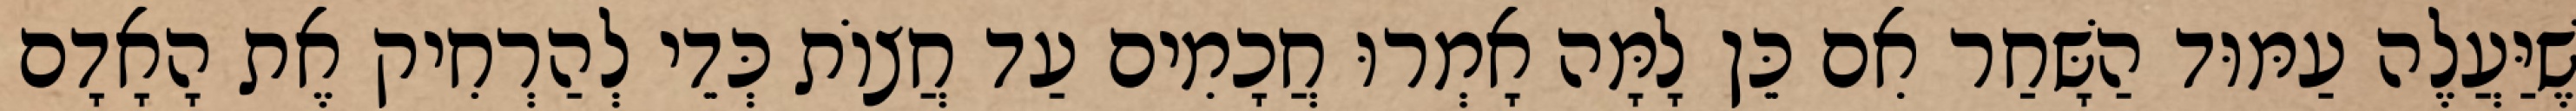
שֶׁיַּעֲלֶה עַמּוּד הַשָּׁחַר אִם כֵּן לָמָּה אָמְרוּ חֲכָמִים עַד חֲצוֹת כְּדֵי לְהַרְחִיק אֶת הָאָדָם